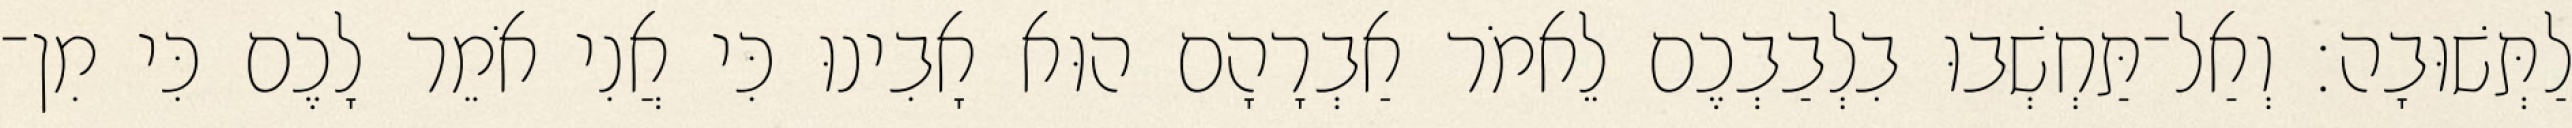
לַתְּשׁוּבָה׃ וְאַל־תַּחְשְׁבוּ בִלְבַבְכֶם לֵאמֹר אַבְרָהָם הוּא אָבִינוּ כִּי אֲנִי אֹמֵר לָכֶם כִּי מִן־